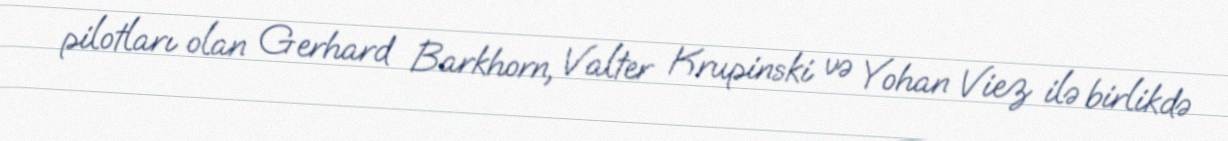
pilotları olan Gerhard Barkhorn, Valter Krupinski və Yohan Viez ilə birlikdə